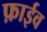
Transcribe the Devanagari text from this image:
फ़ाईव